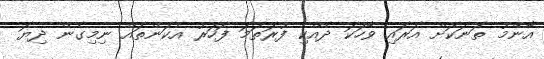
އާންމު ތަނަކަށް އަރައި ވާހަކަ ދެއްކި ފުރަތަމަ ފަހަރު އެކަންތައް ނިމިގެން ދިޔަ